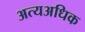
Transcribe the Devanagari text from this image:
अत्यअधिक